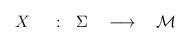
LaTeX: \begin{align*}X ~~~~: ~~\Sigma ~~~\longrightarrow~~~{\cal M}\end{align*}